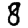
Digit: 8